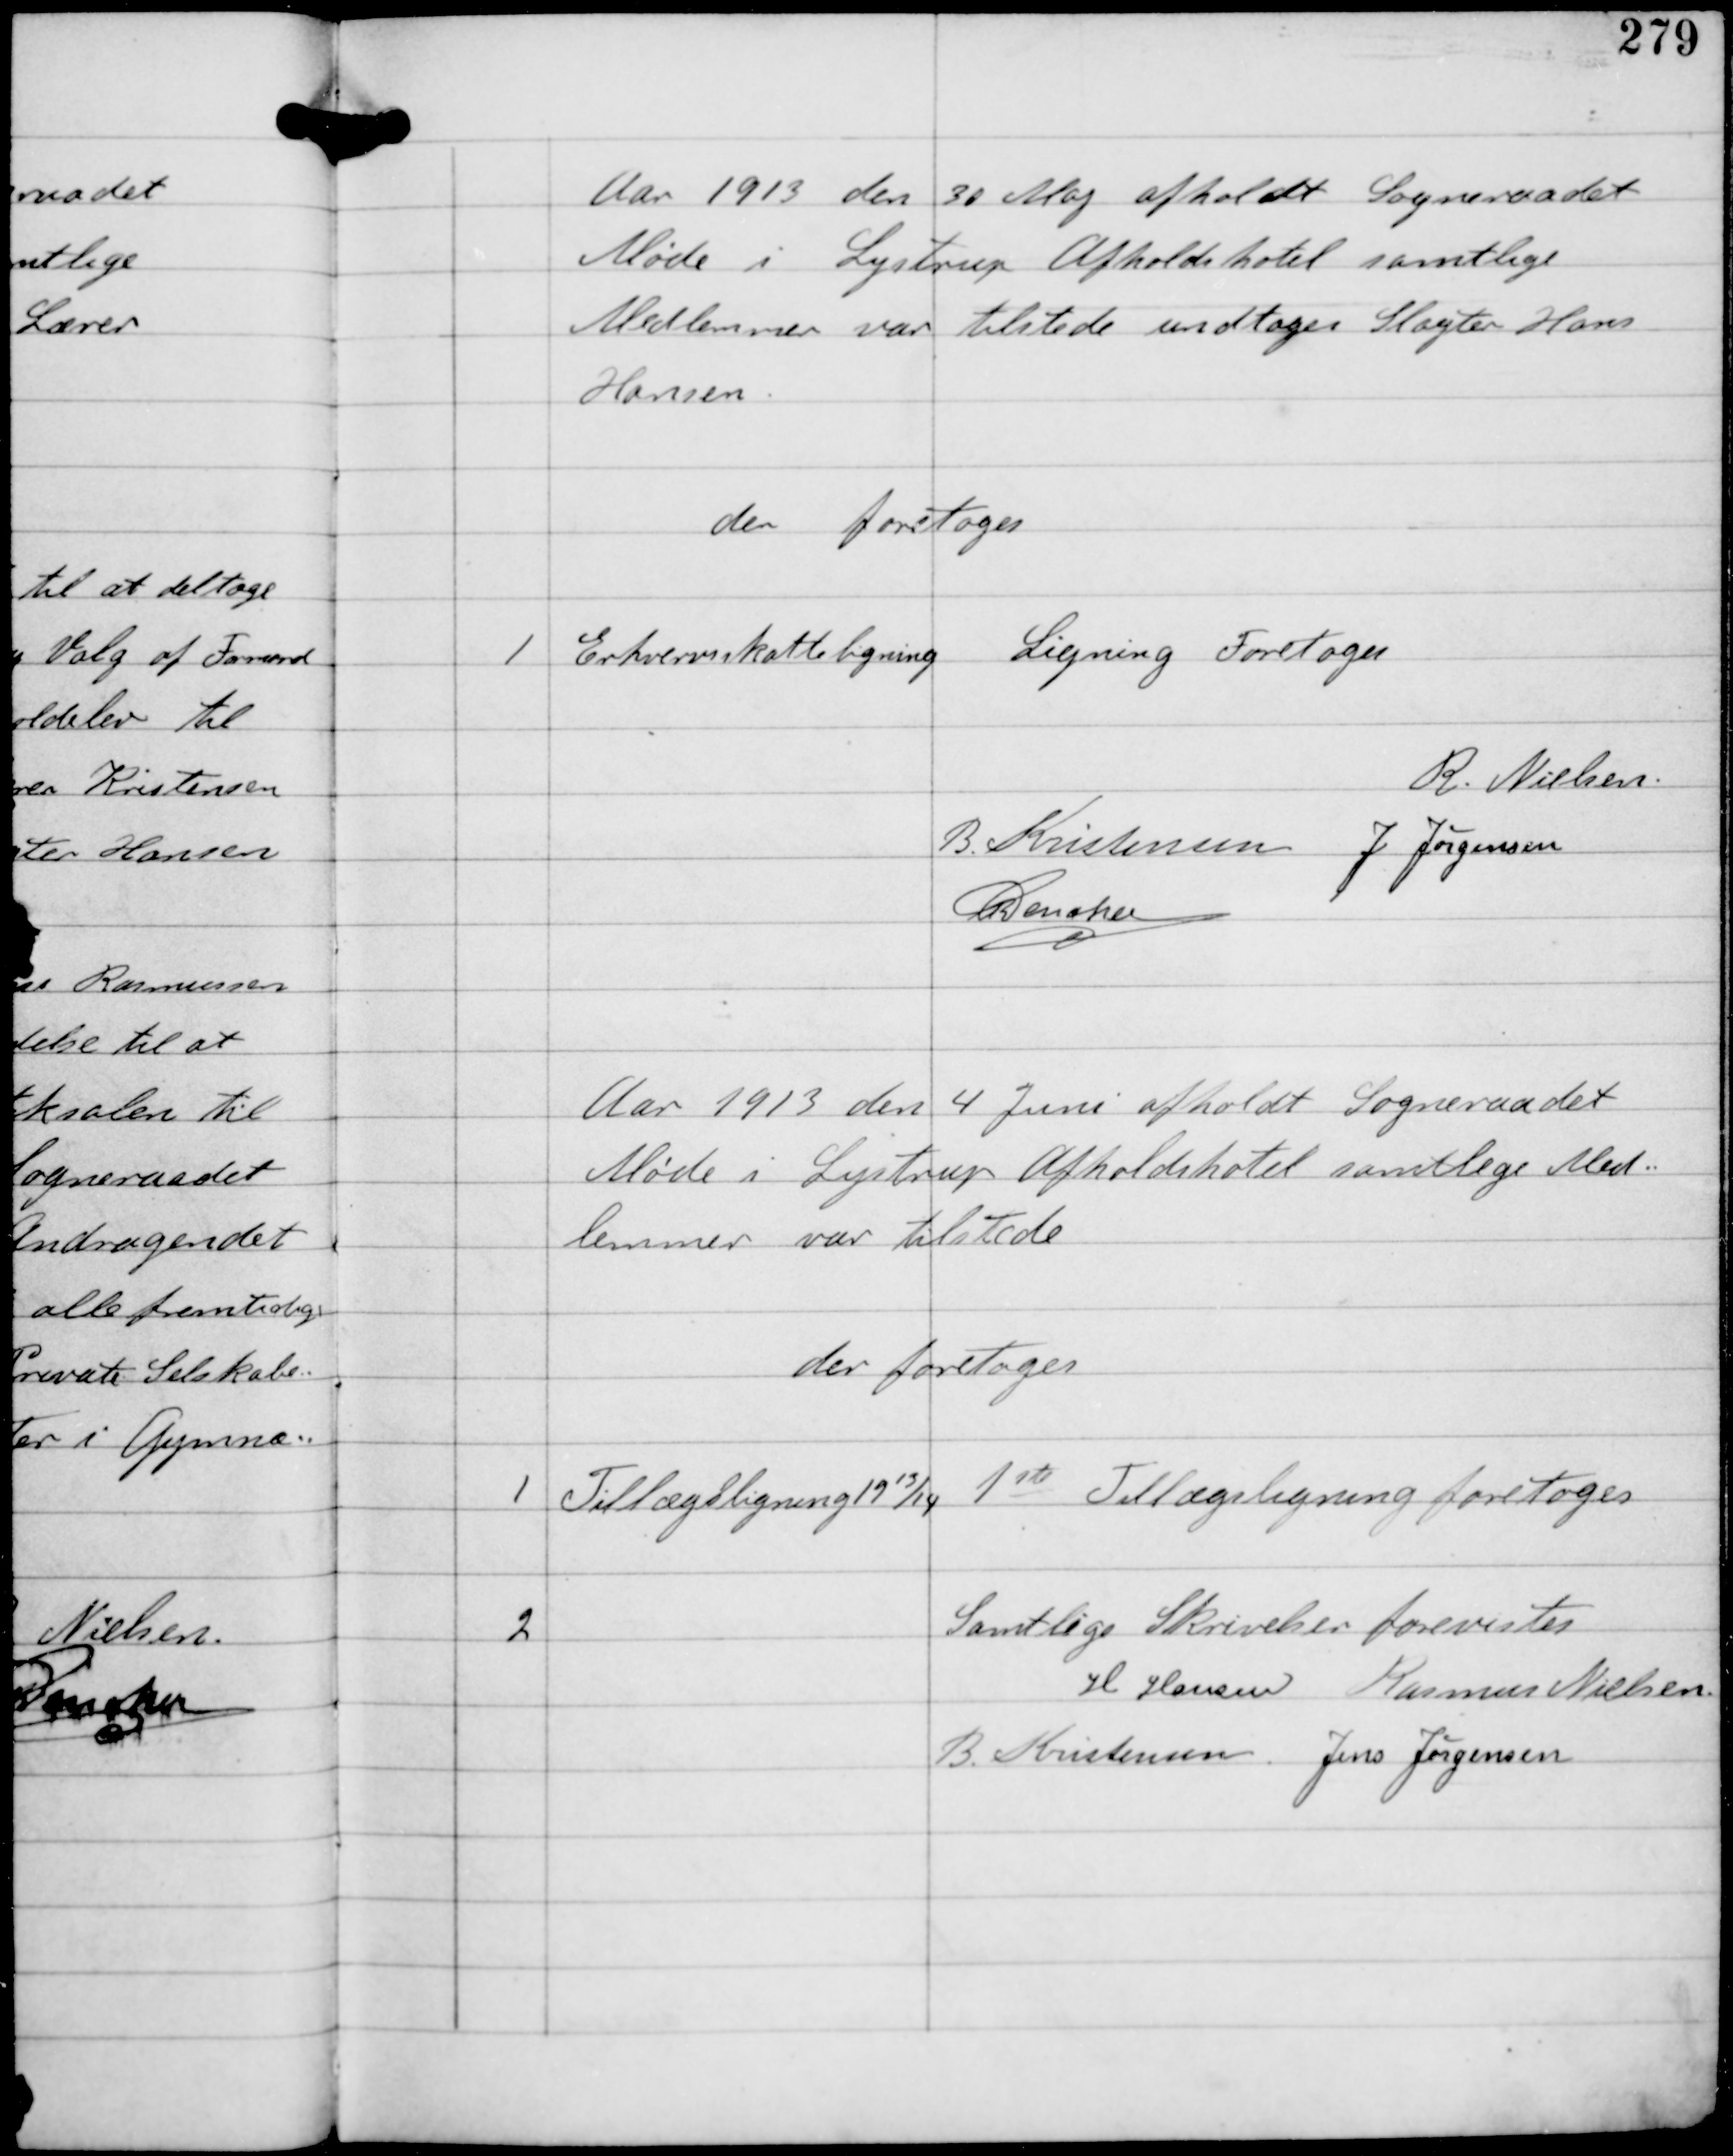
Transskription:
Aar 1913 den 30 Maj afholdt Sogneraadet
Møde i Lystrup Afholdshotel samtlige
Medlemmer var tilstede undtagen Slagter Hans
Hansen.

der foretoges

1

Erhvervsskatteligning

Ligning Foretoges

R. Nielsen
B Kristensen J Jørgensen
C Dencker

Aar 1913 den 4 Juni afholdt Sogneraadet
Møde i Lystrup Afholdshotel samtlige Med-
lemmer var tilstede

der foretoges

1

Tillægsligning 1913/14

1ste Tillægsligning foretoges

2

Samtlige Skrivelser forevistes
H Hansen Rasmus Nielsen
B Kristensen Jens Jørgensen